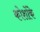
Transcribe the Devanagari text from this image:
कोशोंके